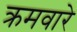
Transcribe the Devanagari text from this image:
क्रमवारे